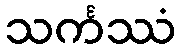
သင်္ကဿံ